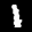
Label: 1